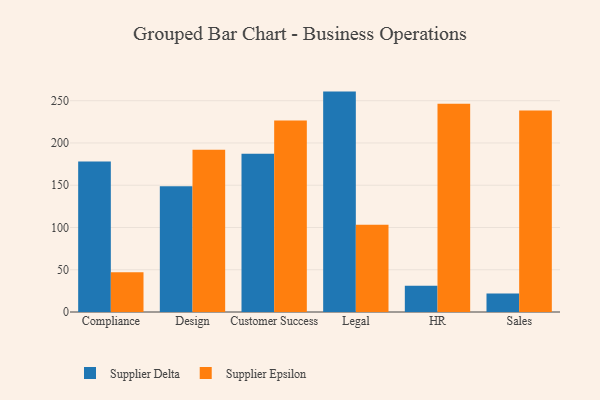
{"axis": {"x": "Department", "y": "Backlog"}, "legend": ["Supplier Delta", "Supplier Epsilon"], "data": [{"x": "Compliance", "y": 178.1, "type": "Supplier Delta"}, {"x": "Compliance", "y": 46.9, "type": "Supplier Epsilon"}, {"x": "Design", "y": 148.7, "type": "Supplier Delta"}, {"x": "Design", "y": 192.1, "type": "Supplier Epsilon"}, {"x": "Customer Success", "y": 187.2, "type": "Supplier Delta"}, {"x": "Customer Success", "y": 226.6, "type": "Supplier Epsilon"}, {"x": "Legal", "y": 260.8, "type": "Supplier Delta"}, {"x": "Legal", "y": 103.3, "type": "Supplier Epsilon"}, {"x": "HR", "y": 31.2, "type": "Supplier Delta"}, {"x": "HR", "y": 246.3, "type": "Supplier Epsilon"}, {"x": "Sales", "y": 21.9, "type": "Supplier Delta"}, {"x": "Sales", "y": 238.5, "type": "Supplier Epsilon"}]}